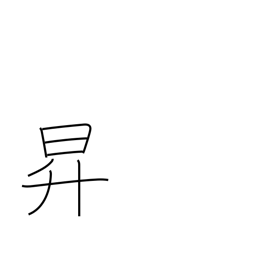
Meaning: rise up